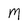
Character: M